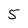
Character: 5